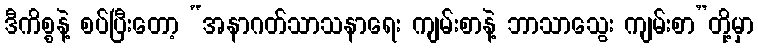
ဒီကိစ္စနဲ့ စပ်ပြီးတော့ “အနာဂတ်သာသနာရေး ကျမ်းစာနဲ့ ဘာသာသွေး ကျမ်းစာ”တို့မှာ